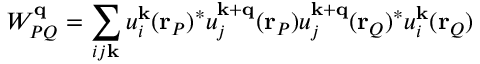
W _ { P Q } ^ { \mathbf { q } } = \sum _ { i j \mathbf { k } } u _ { i } ^ { \mathbf { k } } ( \mathbf { r } _ { P } ) ^ { * } u _ { j } ^ { \mathbf { k } + \mathbf { q } } ( \mathbf { r } _ { P } ) u _ { j } ^ { \mathbf { k } + \mathbf { q } } ( \mathbf { r } _ { Q } ) ^ { * } u _ { i } ^ { \mathbf { k } } ( \mathbf { r } _ { Q } )